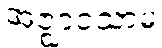
အဇ္ဈာဝသာမ